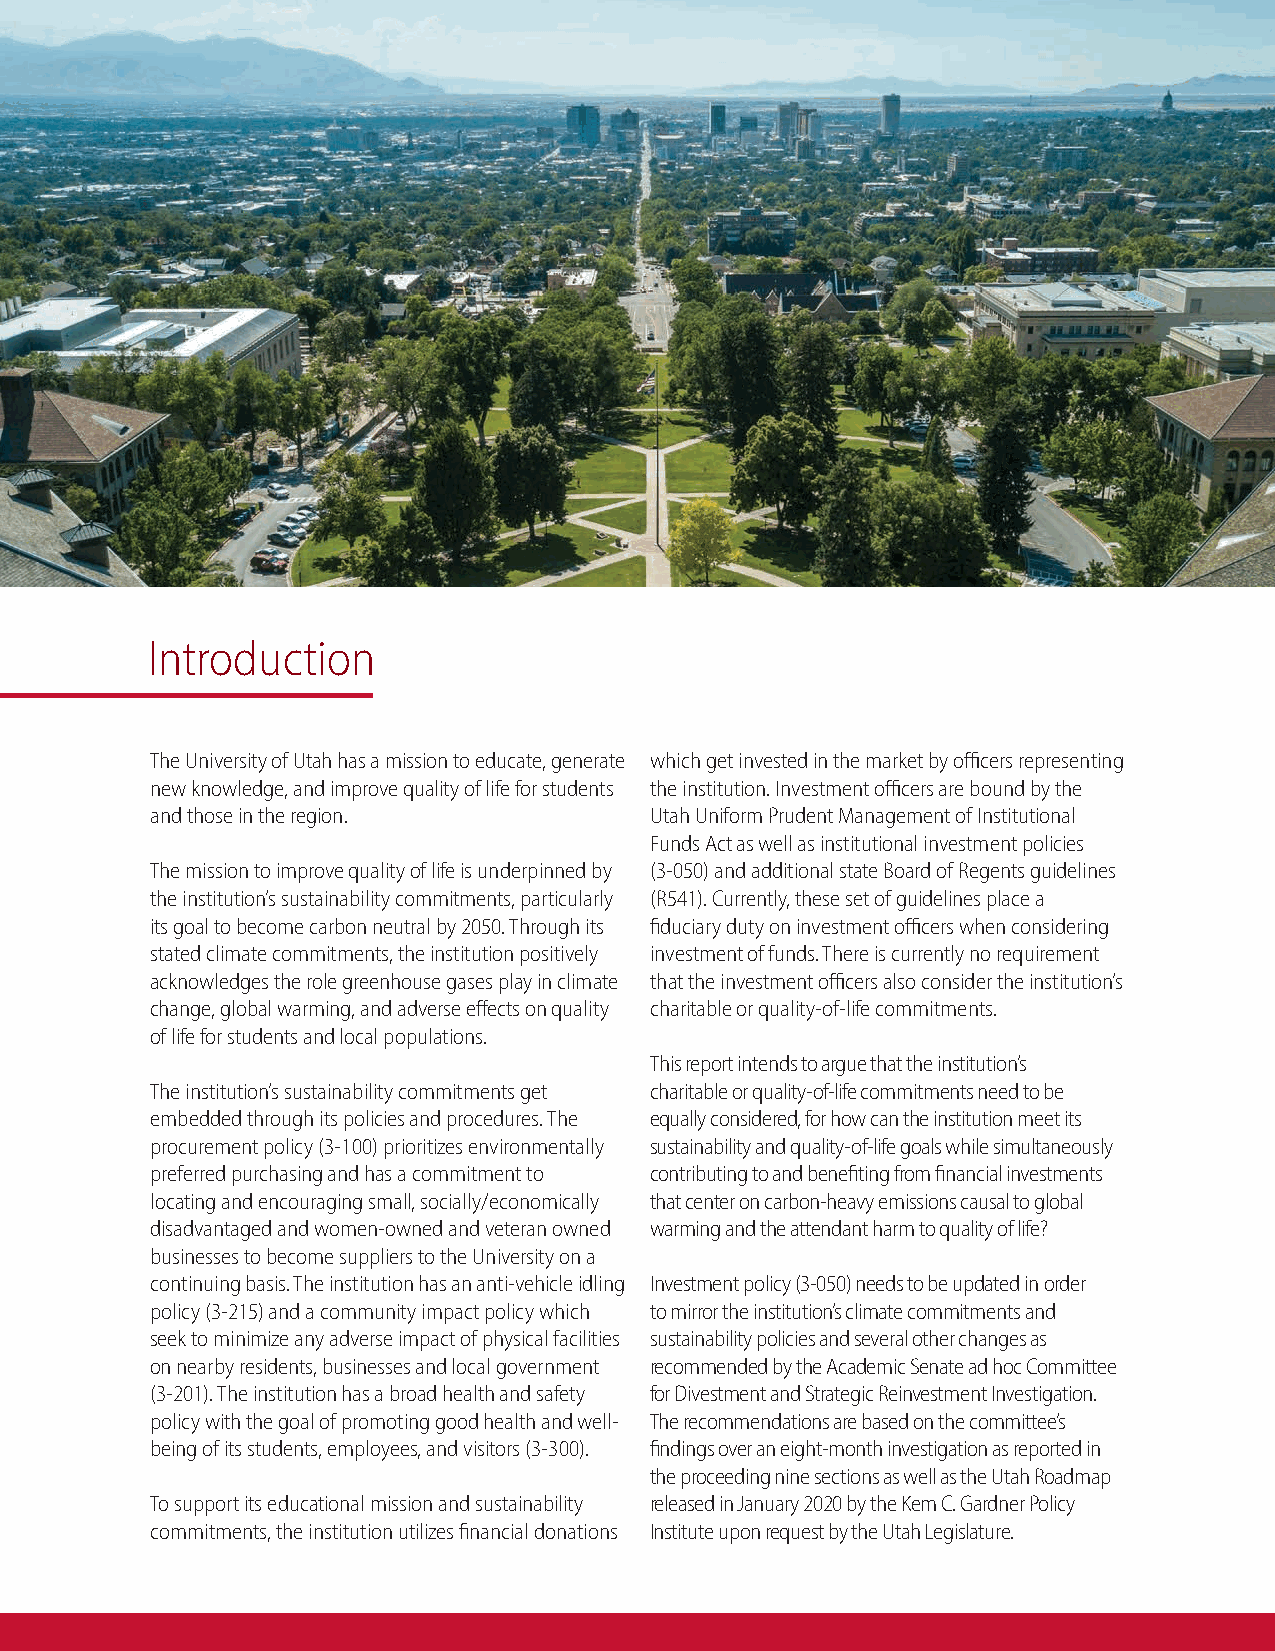
Introduction
 The University of Utah has a mission to educate, generate which get invested in the market by officers representing
 new knowledge, and improve quality of life for students the institution. Investment officers are bound by the
 and those in the region.         Utah Uniform Prudent Management of Institutional
 Funds Act as well as institutional investment policies
 The mission to improve quality of life is underpinned by (3-050) and additional state Board of Regents guidelines
 the institution’s sustainability commitments, particularly (R541). Currently, these set of guidelines place a
 its goal to become carbon neutral by 2050. Through its fiduciary duty on investment officers when considering
 stated climate commitments, the institution positively investment of funds. There is currently no requirement
 acknowledges the role greenhouse gases play in climate that the investment officers also consider the institution’s
 change, global warming, and adverse effects on quality charitable or quality-of-life commitments.
 of life for students and local populations.
 This report intends to argue that the institution’s
 The institution’s sustainability commitments get charitable or quality-of-life commitments need to be
 embedded through its policies and procedures. The equally considered, for how can the institution meet its
 procurement policy (3-100) prioritizes environmentally sustainability and quality-of-life goals while simultaneously
 preferred purchasing and has a commitment to contributing to and benefiting from financial investments
 locating and encouraging small, socially/economically that center on carbon-heavy emissions causal to global
 disadvantaged and women-owned and veteran owned warming and the attendant harm to quality of life?
 businesses to become suppliers to the University on a
 continuing basis. The institution has an anti-vehicle idling Investment policy (3-050) needs to be updated in order
 policy (3-215) and a community impact policy which to mirror the institution’s climate commitments and
 seek to minimize any adverse impact of physical facilities sustainability policies and several other changes as
 on nearby residents, businesses and local government recommended by the Academic Senate ad hoc Committee
 (3-201). The institution has a broad health and safety for Divestment and Strategic Reinvestment Investigation.
 policy with the goal of promoting good health and well- The recommendations are based on the committee’s
 being of its students, employees, and visitors (3-300). findings over an eight-month investigation as reported in
 the proceeding nine sections as well as the Utah Roadmap
 To support its educational mission and sustainability released in January 2020 by the Kem C. Gardner Policy
 commitments, the institution utilizes financial donations Institute upon request by the Utah Legislature.